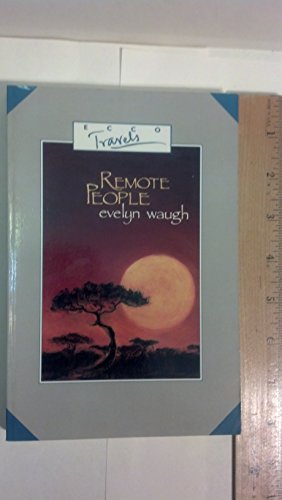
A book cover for Remote People: A Report from Ethiopia and British Africa, 1930-1931 (Ecco Travels); Evelyn Waugh; Travel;